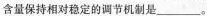
含量保持相对稳定的调节机制是___。